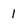
Character: 1